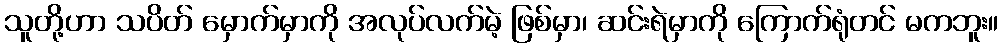
သူတို့ဟာ သပိတ် မှောက်မှာကို အလုပ်လက်မဲ့ ဖြစ်မှာ၊ ဆင်းရဲမှာကို ကြောက်ရုံတင် မကဘူး။